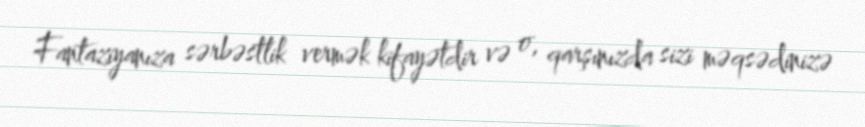
Fantaziyanıza sərbəstlik vermək kifayətdir və o, qarşınızda sizi məqsədinizə